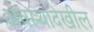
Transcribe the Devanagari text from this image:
अवस्थादेखील